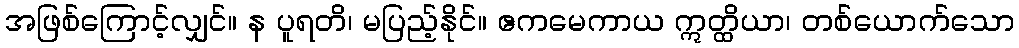
အဖြစ်ကြောင့်လျှင်။ န ပူရတိ၊ မပြည့်နိုင်။ ဧကမေကာယ ဣတ္ထိယာ၊ တစ်ယောက်သော